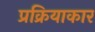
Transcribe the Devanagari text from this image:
प्रक्रियाकार